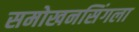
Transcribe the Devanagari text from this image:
समोखनसिंगला